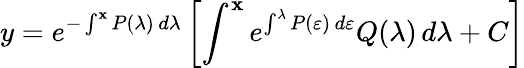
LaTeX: y=e^{-\int^{\mathbf{x}}P(\lambda)\, d\lambda}\left[\int^{\mathbf{x}}e^{\int^{\lambda}P(\varepsilon)\, d\varepsilon}Q(\lambda)\, d\lambda+C\right]